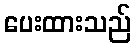
ပေးထားသည်